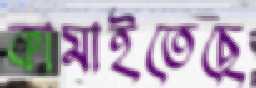
কামাইতেছে